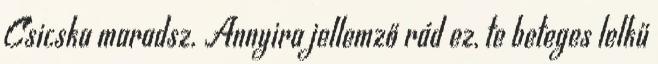
Csicska maradsz. Annyira jellemző rád ez, te beteges lelkű